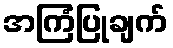
အကြံပြုချက်